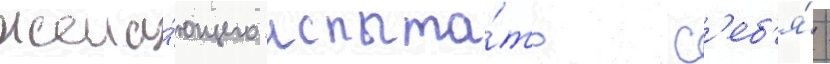
жела́ющего испыта́ть с'еб'я́ -